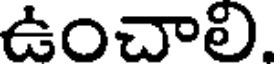
ఉంచాలి.